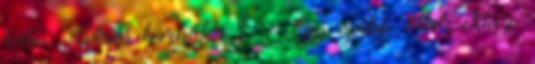
hátu. Bőrös karkötő 8. - Egy újabb ötlet, ehhez